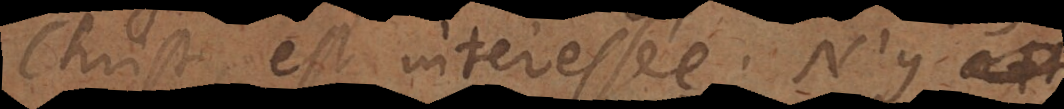
Christ est intéressée? N’y a